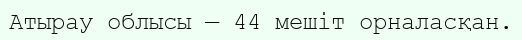
Атырау облысы — 44 мешіт орналасқан.